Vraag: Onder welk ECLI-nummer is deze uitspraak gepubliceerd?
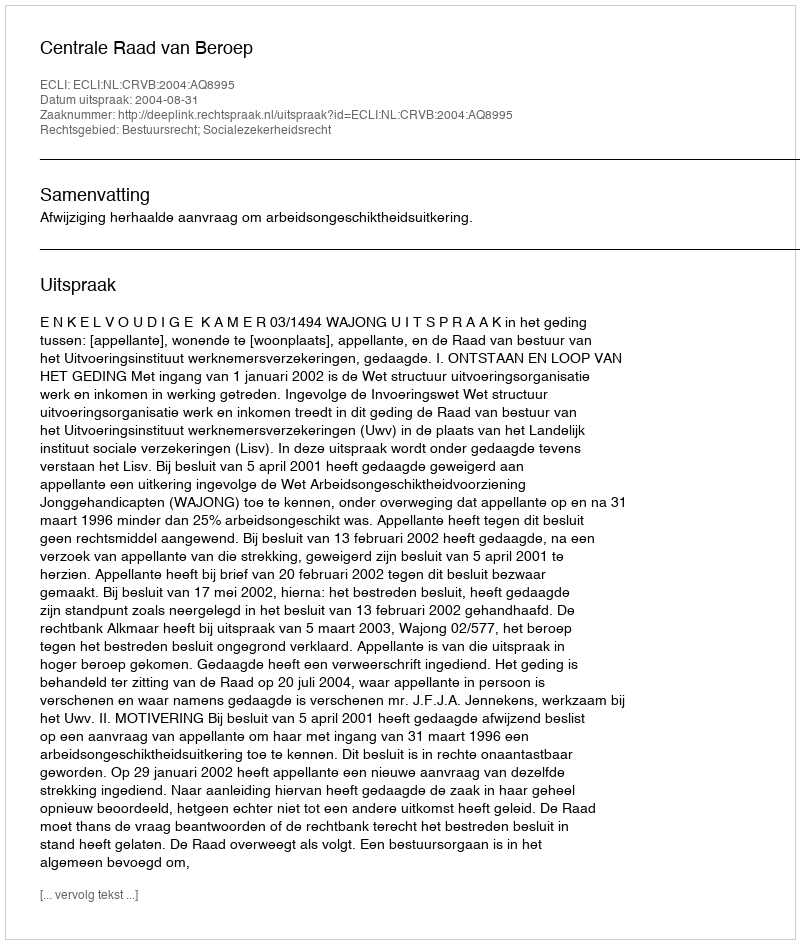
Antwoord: ECLI:NL:CRVB:2004:AQ8995